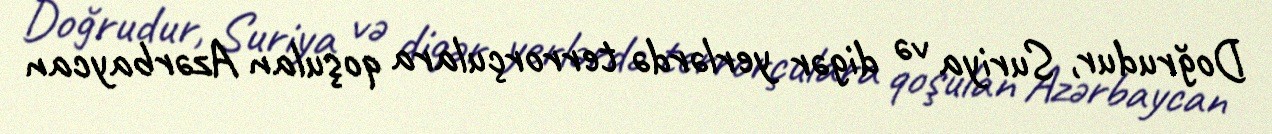
Doğrudur, Suriya və digər yerlərdə terrorçulara qoşulan Azərbaycan